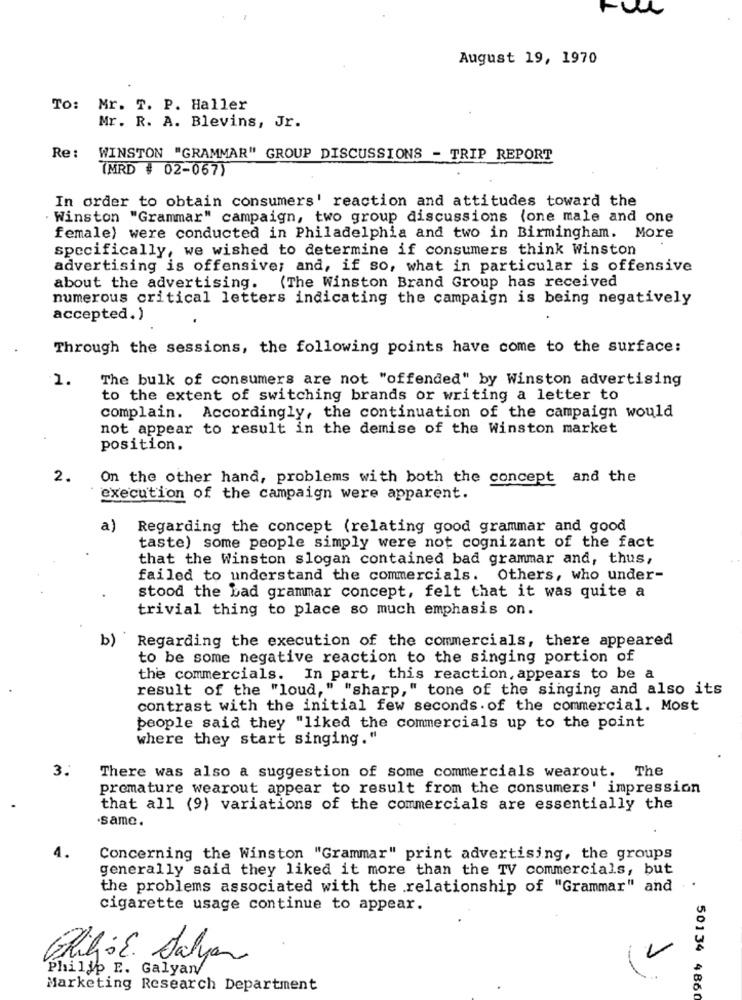
August 19, 1970
To: Mr. T. P. Haller
Mr. R. A. Blevins, Jr.
Re :
WINSTON "GRAMMAR" GROUP DISCUSSIONS - TRIP REPORT
(MRD # 02-067)
In order to obtain consumers' reaction and attitudes toward the
Winston "Grammar" campaign, two group discussions (one male and one
female) were conducted in Philadelphia and two in Birmingham. More
specifically, we wished to determine if consumers think Winston
advertising is offensive; and, if so, what in particular is offensive
about the advertising. (The Winston Brand Group has received
numerous critical letters indicating the campaign is being negatively
accepted. )
Through the sessions, the following points have come to the surface:
1.
The bulk of consumers are not "offended" by Winston advertising
to the extent of switching brands or writing a letter to
complain. Accordingly, the continuation of the campaign would
not appear to result in the demise of the Winston market
position.
2.
On the other hand, problems with both the concept and the
execution of the campaign were apparent.
a)
Regarding the concept (relating good grammar and good
taste) some people simply were not cognizant of the fact
that the Winston slogan contained bad grammar and, thus,
failed to understand the commercials. Others, who under-
stood the bad grammar concept, felt that it was quite a
trivial thing to place so much emphasis on.
b)
Regarding the execution of the commercials, there appeared
to be some negative reaction to the singing portion of
the commercials. In part, this reaction, appears to be a
result of the "loud," "sharp," tone of the singing and also its
contrast with the initial few seconds. of the commercial. Most
people said they "liked the commercials up to the point
where they start singing."
3.
There was also a suggestion of some commercials wearout. The
premature wearout appear to result from the consumers' impression
that all (9) variations of the commercials are essentially the
same.
4.
Concerning the Winston "Grammar" print advertising, the groups
generally said they liked it more than the TV commercials, but
the problems associated with the relationship of "Grammar" and
cigarette usage continue to appear.
Big: E. Salyan
Philip E. Galyan/
Marketing Research Department
50134 4860